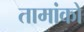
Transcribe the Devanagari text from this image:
तामांको